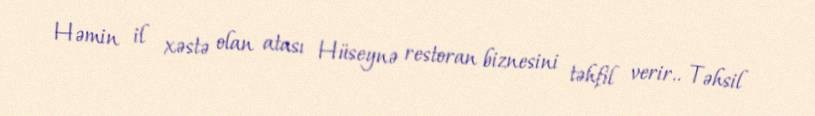
Həmin il xəstə olan atası Hüseynə restoran biznesini təhfil verir.. Təhsil